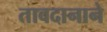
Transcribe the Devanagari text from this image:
तावदानाने